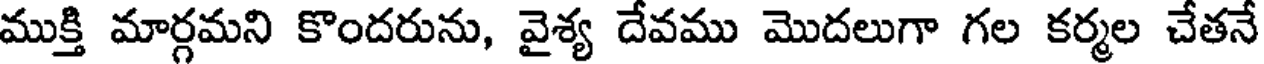
ముక్తి మార్గమని కొందరును, వైశ్య దేవము మొదలుగా గల కర్మల చేతనే